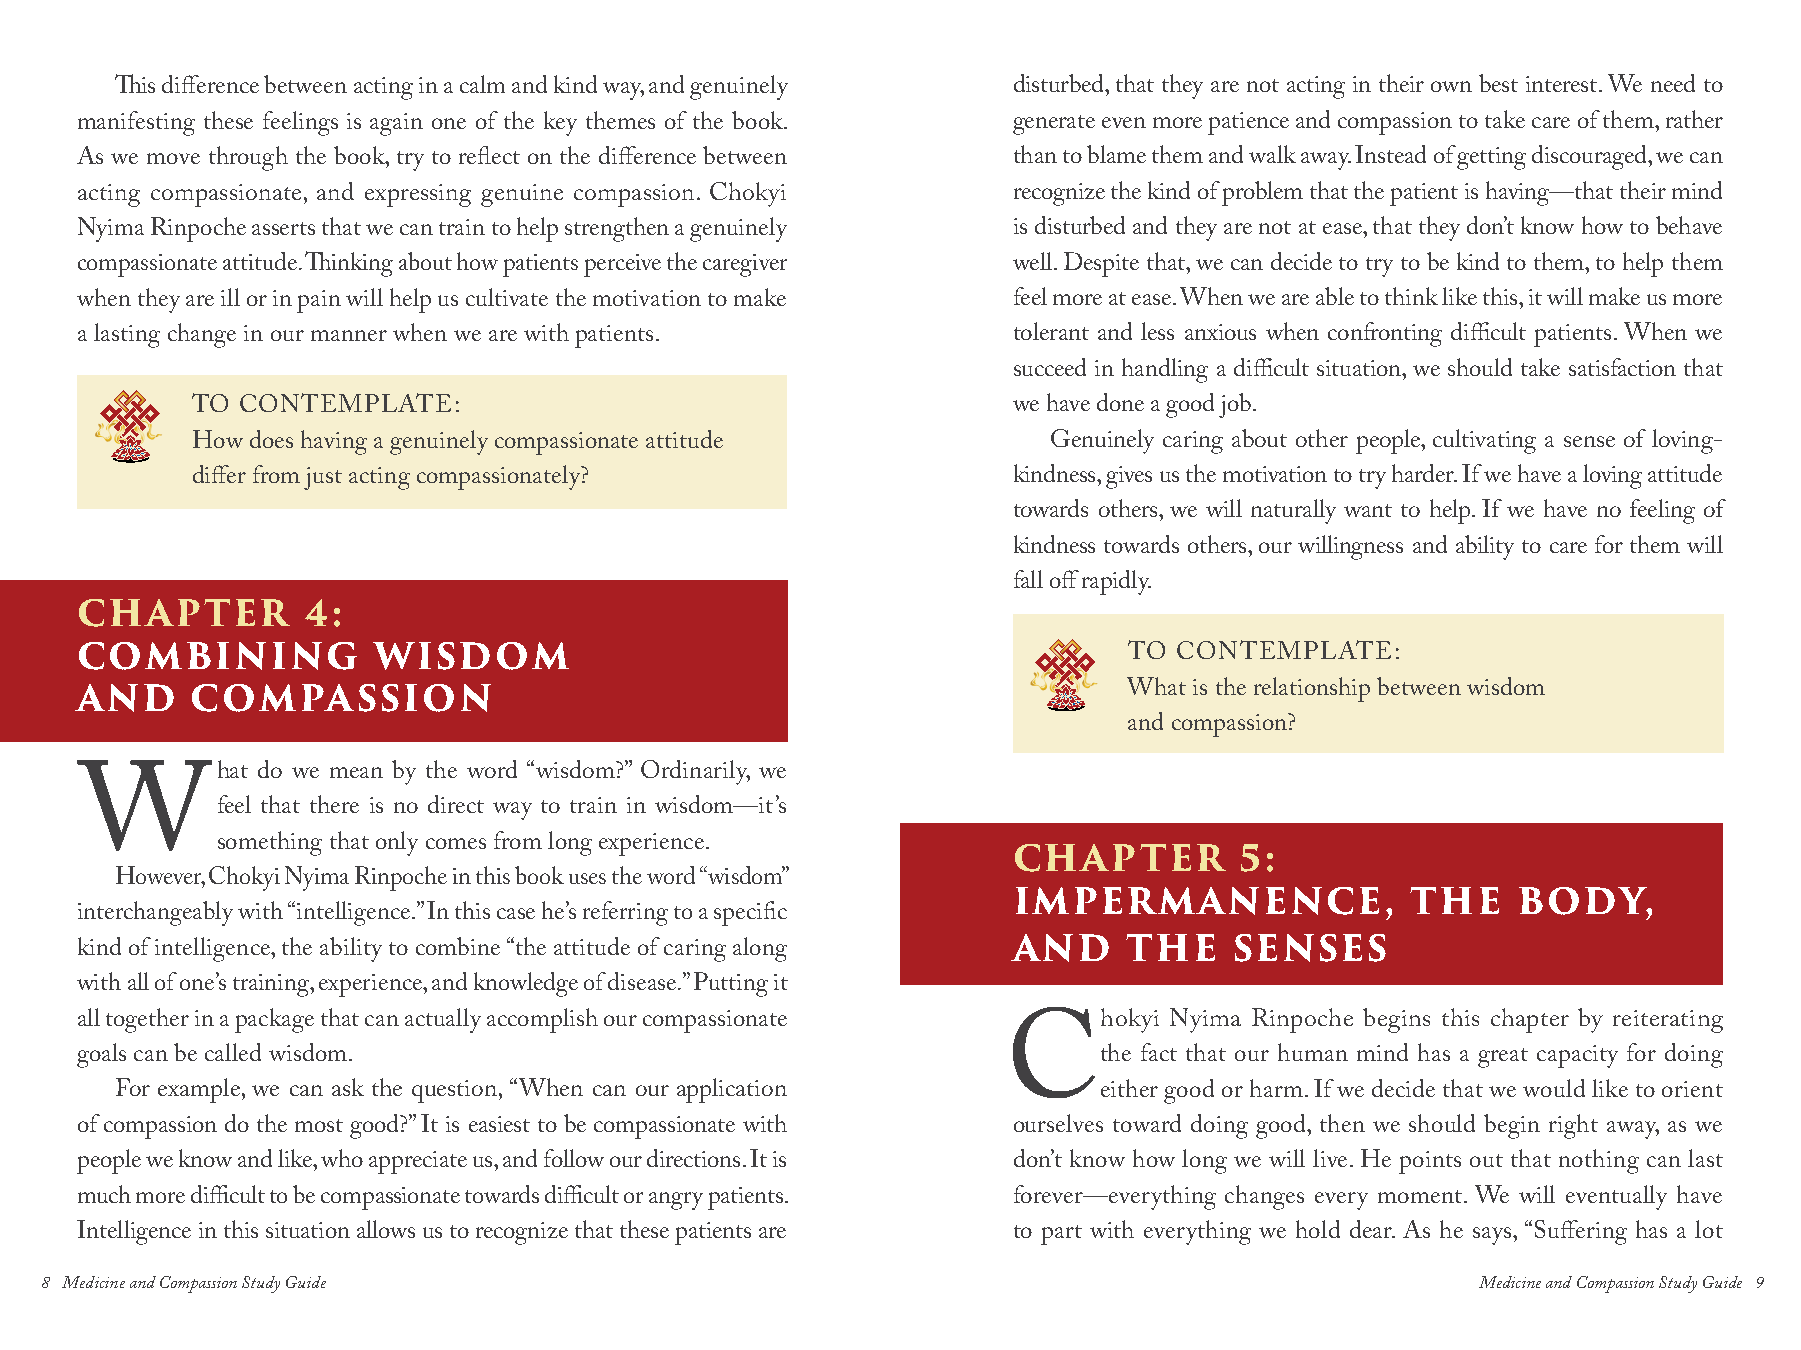
This difference between acting in a calm and kind way, and genuinely disturbed, that they are not acting in their own best interest. We need to
 manifesting these feelings is again one of the key themes of the book. generate even more patience and compassion to take care of them, rather
 As we move through the book, try to reflect on the difference between than to blame them and walk away. Instead of getting discouraged, we can
 acting compassionate, and expressing genuine compassion. Chokyi recognize the kind of problem that the patient is having—that their mind
 Nyima Rinpoche asserts that we can train to help strengthen a genuinely is disturbed and they are not at ease, that they don’t know how to behave
 compassionate attitude. Thinking about how patients perceive the caregiver well. Despite that, we can decide to try to be kind to them, to help them
 when they are ill or in pain will help us cultivate the motivation to make feel more at ease. When we are able to think like this, it will make us more
 a lasting change in our manner when we are with patients.     tolerant and less anxious when confronting difficult patients. When we
 succeed in handling a difficult situation, we should take satisfaction that
 TO CONTEMPLATE:                                       we have done a good job.
 How does having a genuinely compassionate attitude      Genuinely caring about other people, cultivating a sense of loving-
 differ from just acting compassionately?              kindness, gives us the motivation to try harder. If we have a loving attitude
 towards others, we will naturally want to help. If we have no feeling of
 kindness towards others, our willingness and ability to care for them will
 fall off rapidly.
 CHAPTER        4:
 COMBINING           WISDOM                                            TO CONTEMPLATE:
 AND     COMPASSION                                                    What is the relationship between wisdom
 and compassion?
 hat do we mean by the word “wisdom?” Ordinarily, we
 W        feel that there is no direct way to train in wisdom—it’s
 something that only comes from long experience.
 CHAPTER        5:
 However, Chokyi Nyima Rinpoche in this book uses the word “wisdom”
 IMPERMANENCE,             THE    BODY,
 interchangeably with “intelligence.” In this case he’s referring to a specific
 kind of intelligence, the ability to combine “the attitude of caring along AND THE SENSES
 with all of one’s training, experience, and knowledge of disease.” Putting it
 all together in a package that can actually accomplish our compassionate hokyi Nyima Rinpoche begins this chapter by reiterating
 goals can be called wisdom.                                   Cthe     fact that our human mind has a great capacity for doing
 For example, we can ask the question, “When can our application  either good or harm. If we decide that we would like to orient
 of compassion do the most good?” It is easiest to be compassionate with ourselves toward doing good, then we should begin right away, as we
 people we know and like, who appreciate us, and follow our directions. It is don’t know how long we will live. He points out that nothing can last
 much more difficult to be compassionate towards difficult or angry patients. forever—everything changes every moment. We will eventually have
 Intelligence in this situation allows us to recognize that these patients are to part with everything we hold dear. As he says, “Suffering has a lot
 8 Medicine and Compassion Study Guide                                                          Medicine and Compassion Study Guide 9